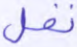
نفل